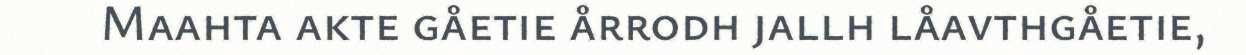
Maahta akte gåetie årrodh jallh låavthgåetie,